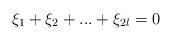
LaTeX: \begin{align*} \xi_1+ \xi_2+...+\xi_{2l}=0 \end{align*}